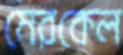
মেরকেল